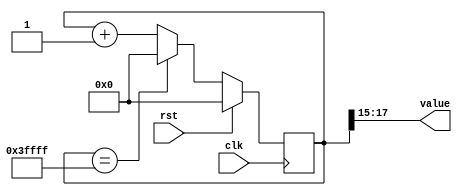
/*
   This file was generated automatically by the Mojo IDE version B1.3.6.
   Do not edit this file directly. Instead edit the original Lucid source.
   This is a temporary file and any changes made to it will be destroyed.
*/

/*
   Parameters:
     SIZE = 3
     DIV = FLIP
     TOP = 7
     UP = 1
*/
module counter_26 (
    input clk,
    input rst,
    output reg [2:0] value
  );
  
  localparam SIZE = 2'h3;
  localparam DIV = 4'hf;
  localparam TOP = 3'h7;
  localparam UP = 1'h1;
  
  
  reg [17:0] M_ctr_d, M_ctr_q = 1'h0;
  
  localparam MAX_VALUE = 18'h3ffff;
  
  always @* begin
    M_ctr_d = M_ctr_q;
    
    value = M_ctr_q[15+2-:3];
    if (1'h1) begin
      M_ctr_d = M_ctr_q + 1'h1;
      if (1'h1 && M_ctr_q == 18'h3ffff) begin
        M_ctr_d = 1'h0;
      end
    end else begin
      M_ctr_d = M_ctr_q - 1'h1;
      if (1'h1 && M_ctr_q == 1'h0) begin
        M_ctr_d = 18'h3ffff;
      end
    end
  end
  
  always @(posedge clk) begin
    if (rst == 1'b1) begin
      M_ctr_q <= 1'h0;
    end else begin
      M_ctr_q <= M_ctr_d;
    end
  end
  
endmodule